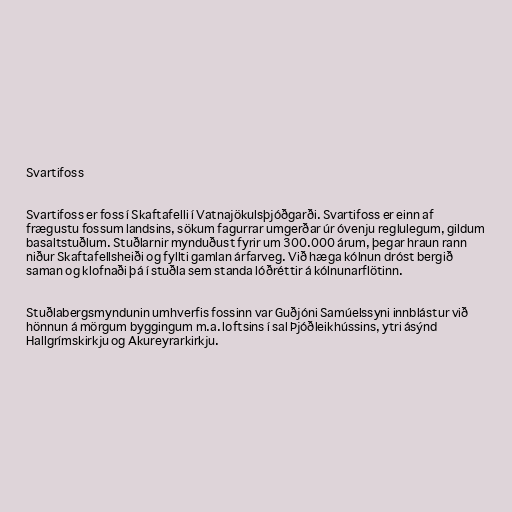
Svartifoss

Svartifoss er foss í Skaftafelli í Vatnajökulsþjóðgarði. Svartifoss er einn af
frægustu fossum landsins, sökum fagurrar umgerðar úr óvenju reglulegum, gildum
basaltstuðlum. Stuðlarnir mynduðust fyrir um 300.000 árum, þegar hraun rann
niður Skaftafellsheiði og fyllti gamlan árfarveg. Við hæga kólnun dróst bergið
saman og klofnaði þá í stuðla sem standa lóðréttir á kólnunarflötinn.

Stuðlabergsmyndunin umhverfis fossinn var Guðjóni Samúelssyni innblástur við
hönnun á mörgum byggingum m.a. loftsins í sal Þjóðleikhússins, ytri ásýnd
Hallgrímskirkju og Akureyrarkirkju.